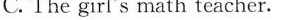
C. The girl's math teacher.